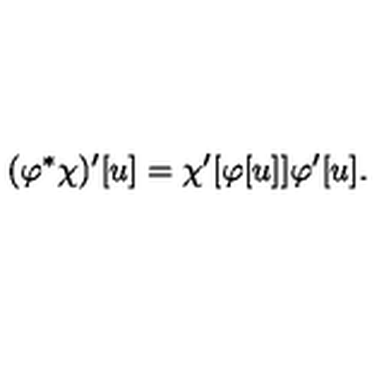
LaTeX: ( \varphi ^ { * } \chi ) ^ { \prime } [ u ] = \chi ^ { \prime } [ \varphi [ u ] ] \varphi ^ { \prime } [ u ] .